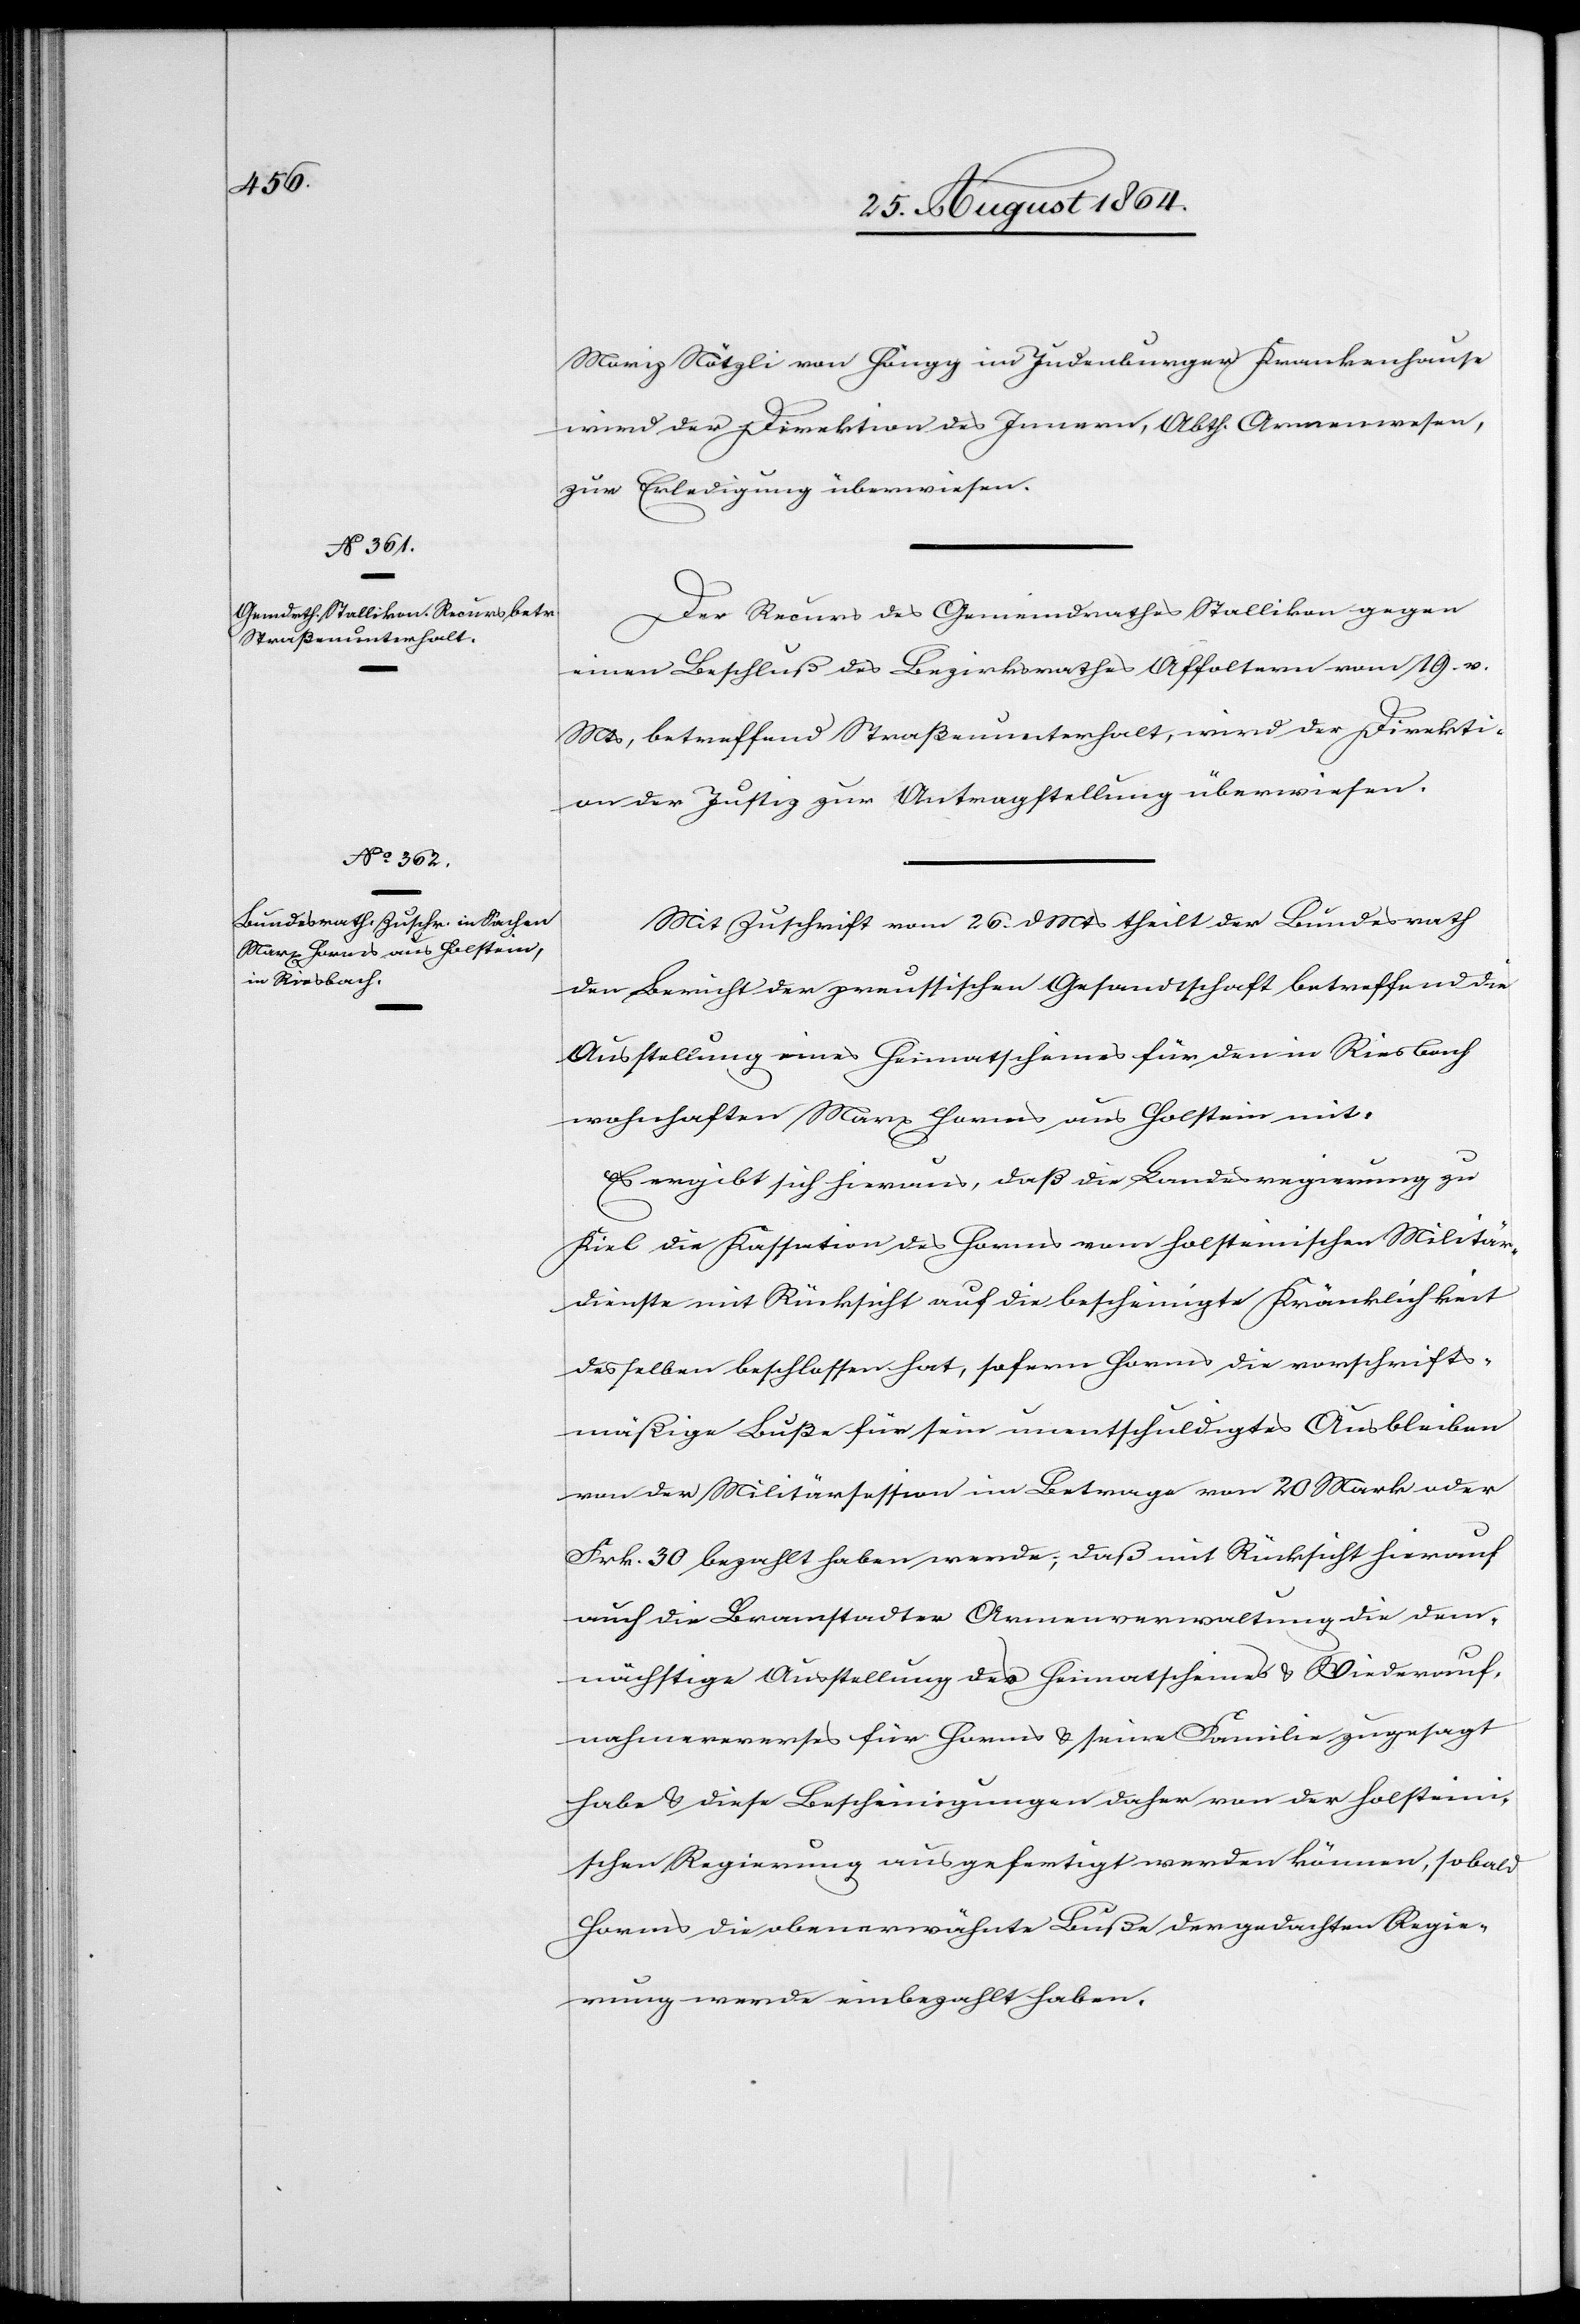
28. August 1864.]
Moriz Nötzli von Höngg im Judenburger Krankenhause
wird der Direktion des Innern, Abth. Armenwesen,
zur Erledigung überwiesen.
Der Recurs des Gemeindrathes Stallikon gegen
einen Beschluß des Bezirksrathes Affoltern vom 19. v.
Mts, betreffend Straßenunterhalt, wird der Direkti¬
on der Justiz zur Antragstellung überwiesen.
Mit Zuschrift vom 26. d. Mts theilt der Bundesrath
den Bericht der preussischen Gesandtschaft betreffend die
Ausstellung eines Heimatscheines für den in Riesbach
wohnhaften Marx Horms aus Holstein mit.
Es ergibt sich hieraus, daß die Landesregierung zu
Kiel die Kassation des Horms vom holsteinischen Militär¬
dienste mit Rücksicht auf die bescheinigte Kränklichkeit
desselben beschlossen hat, sofern Horms die vorschrifts¬
mäßige Buße für sein unentschuldigtes Ausbleiben
von der Militärsession im Betrage von 20 Mark oder
Frk. 30 bezahlt haben werde; daß mit Rücksicht hierauf
auf die Bramstadter Armenverwaltung die dem¬
nächstige Ausstellung des Heimatscheines & Wiederauf¬
nahmereverses für Horms & seine Familie zugesagt
habe & diese Bescheinigungen daher von der holsteini¬
schen Regierung ausgefertigt werden können, sobald
Horms die obenerwähnte Buße der gedachten Regie¬
rung werde einbezahlt haben.